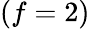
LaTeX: (f=2)